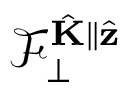
\mathcal { F } _ { \perp } ^ { \hat { \mathbf { K } } \parallel \hat { \mathbf { z } } }